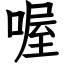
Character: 喔